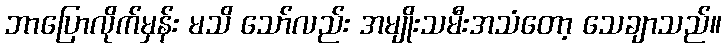
ဘာပြောလိုက်မှန်း မသိ သော်လည်း အမျိုးသမီးအသံတော့ သေချာသည်။